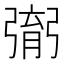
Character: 㣃